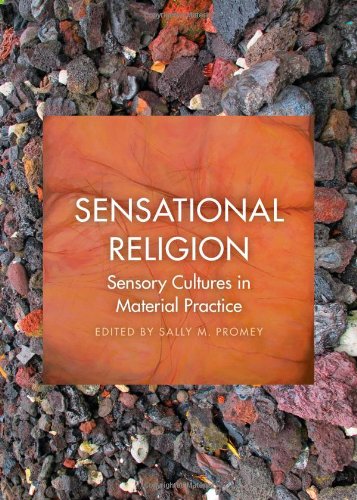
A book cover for Sensational Religion: Sensory Cultures in Material Practice; Religion & Spirituality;